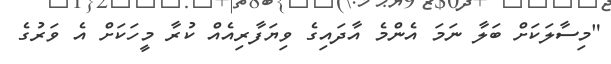
"މިސާލަކަށް ބަލާ ނަމަ އެންމެ އާދައިގެ ވިޔަފާރިއެއް ކުރާ މީހަކަށް އެ ވަރުގެ